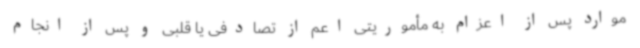
موارد پس از اعزام به مأموریتی اعم از تصادفی یا قلبی و پس از انجام